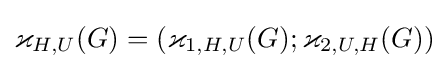
\varkappa _{H,U}(G)=(\varkappa _{1,H,U}(G);\varkappa _{2,U,H}(G))